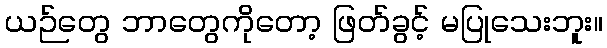
ယဉ်တွေ ဘာတွေကိုတော့ ဖြတ်ခွင့် မပြုသေးဘူး။